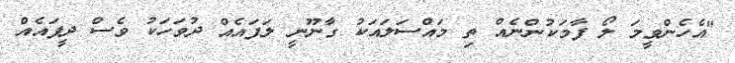
"އެހެންވީމަ ލޯ ފާމަކުންނެއް ތި މައްސަލައަކު ގާނޫނީ ލަފައެއް ދުވަހަކު ވެސް ދީފައެއް